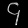
Digit: ၄